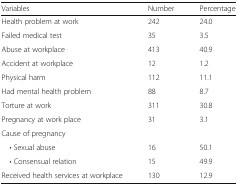
<table><thead><tr><td><b>Variables</b></td><td><b>Number</b></td><td><b>Percentage</b></td></tr></thead><tbody><tr><td>Health problem at work</td><td>242</td><td>24.0</td></tr><tr><td>Failed medical test</td><td>35</td><td>3.5</td></tr><tr><td>Abuse at workplace</td><td>413</td><td>40.9</td></tr><tr><td>Accident at workplace</td><td>12</td><td>1.2</td></tr><tr><td>Physical harm</td><td>112</td><td>11.1</td></tr><tr><td>Had mental health problem</td><td>88</td><td>8.7</td></tr><tr><td>Torture at work</td><td>311</td><td>30.8</td></tr><tr><td>Pregnancy at work place</td><td>31</td><td>3.1</td></tr><tr><td>Cause of pregnancy</td><td></td><td></td></tr><tr><td> • Sexual abuse</td><td>16</td><td>50.1</td></tr><tr><td> • Consensual relation</td><td>15</td><td>49.9</td></tr><tr><td>Received health services at workplace</td><td>130</td><td>12.9</td></tr></tbody></table>